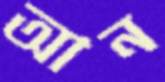
আন